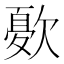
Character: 𭭓